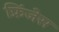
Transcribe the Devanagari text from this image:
फ्रिंजेस